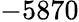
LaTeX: -5870